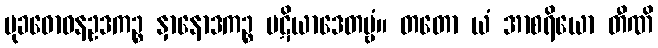
မုခဓောဝနဥဒကဉ္စ နှာနောဒကဉ္စ ပဋိယာဒေတဗ္ဗံ။ တတော ယံ အာစရိယော တီဏိ